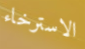
الاسترخاء